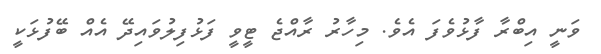
ވަނީ އިބްރާ ފާޅުވެފަ އެވެ. މިހާރު ރާއްޖެ ޓީވީ ފަޅުފިލުވައިދޭ އެއް ބޭފުޅަކީ